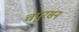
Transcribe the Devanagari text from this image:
चपुरसन